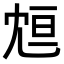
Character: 𠖑